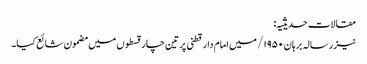
مقالات حدیثیہ:
نیز رسالہ برہان ۱۹۵۰/ میں امام دارقطنی پر تین چار قسطوں میں مضمون شائع کیا۔